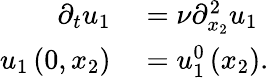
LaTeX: \begin{array}{rl}{\partial_{t}u_{1}}&{{}=\nu\partial_{x_{2}}^{2}u_{1}}\\ {u_{1}\left(0,x_{2}\right)}&{{}=u_{1}^{0}\left(x_{2}\right).}\end{array}